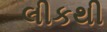
લીકથી